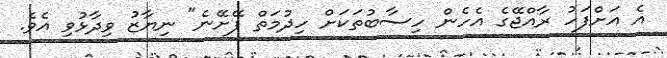
އެ އަށްފަހު ރާއްޖޭގެ އެހެން ހިސާބުތަކަށް ހިދުމަތް ފޭށޭނެ" ނިޔާޒު ވިދާޅުވި އެވެ.